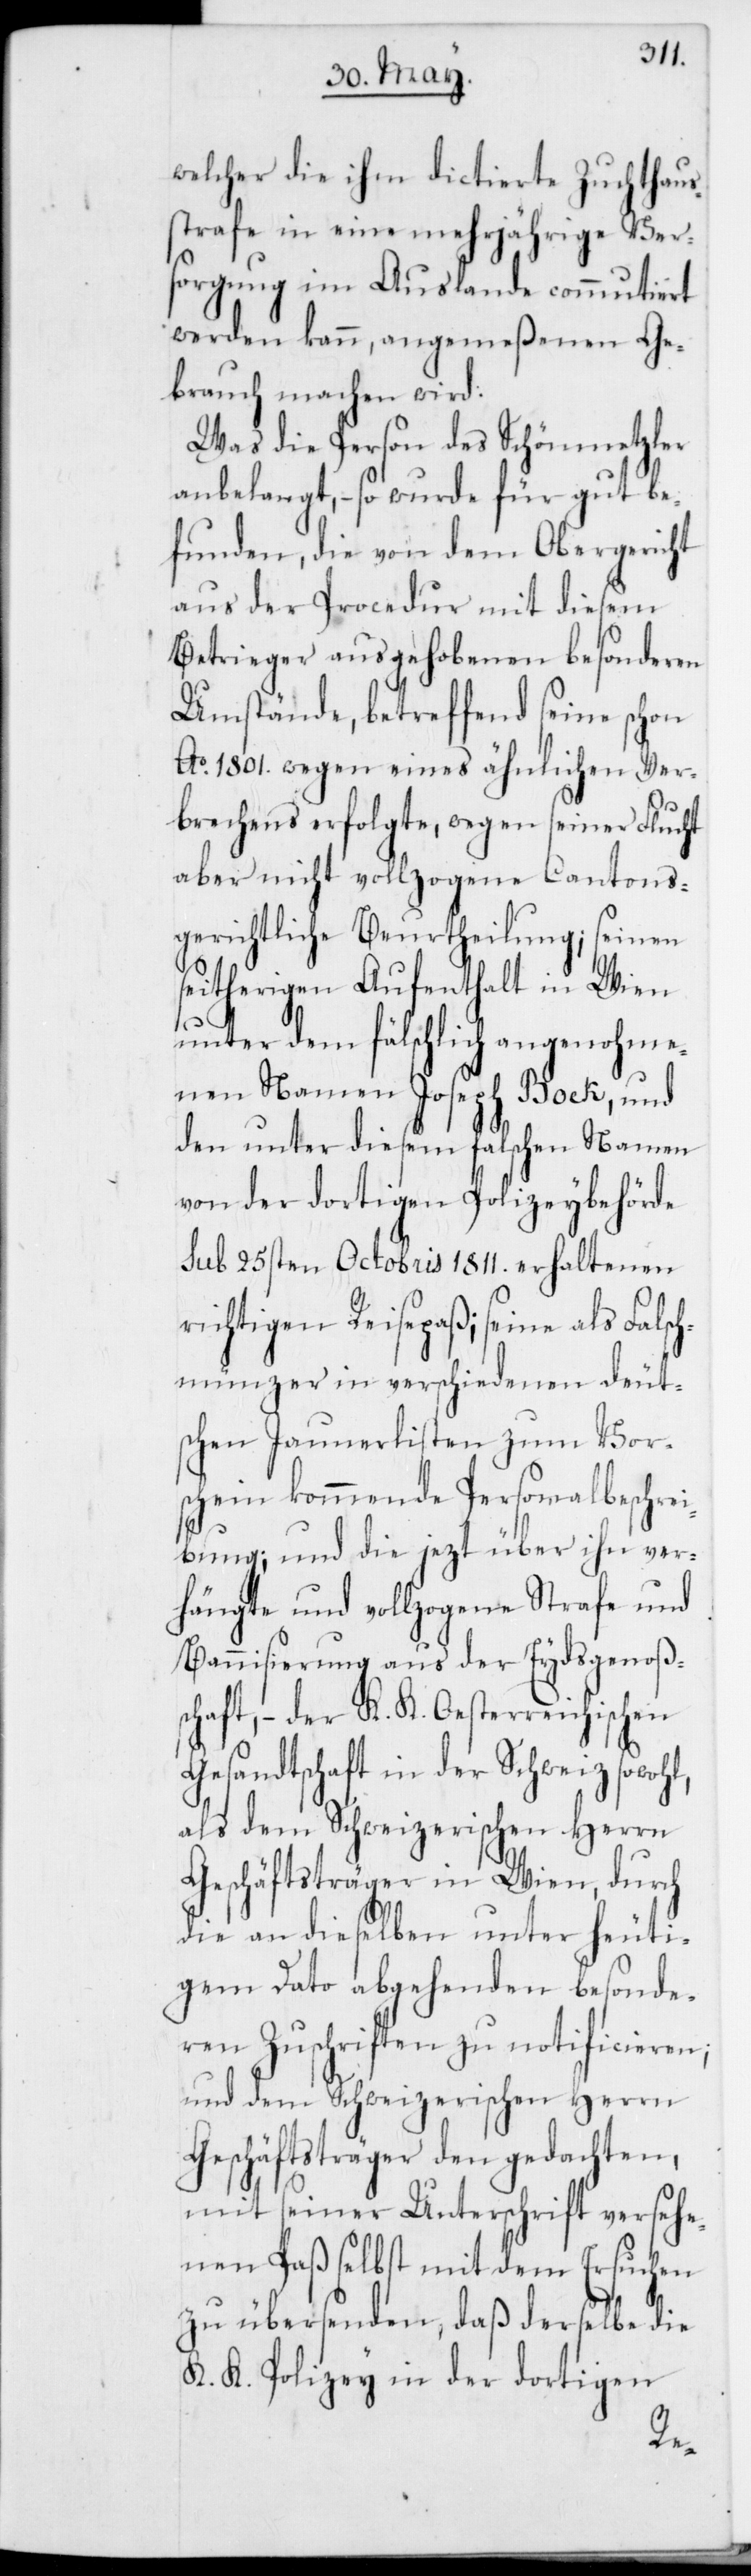
welcher die ihm dictierte Zuchthaus¬
strafe in eine mehrjährige Ver¬
sorgung im Auslande commutiert
werden kann, angemeßenen Ge¬
brauch machen wird.
Was die Person des Schönmetzler
anbelangt, – so wurde für gut be¬
funden, die von dem Obergericht
aus der Procedur mit diesem
Betrieger ausgehobenen besonderen
Umstände, betreffend seine schon
Ao 1801. wegen eines ähnlichen Ver¬
brechens erfolgte, wegen seiner Flucht
aber nicht vollzogene Cantons¬
gerichtliche Beurtheilung; seinen
seitherigen Aufenthalt in Wien
unter dem fälschlich angenohme¬
nen Namen Joseph Boek, und
den unter diesem falschen Namen
von der dortigen Polizeybehörde
sub 25sten Octobris 1811. erhaltenen
richtigen Reisepaß; seine als Falsch¬
münzer in verschiedenen deut¬
schen Jaunerlisten zum Vor¬
schein kommende Personalbeschrei¬
bung; und die jezt über ihn ver¬
hängte und vollzogen Strafe und
Bannisierung aus der Eydsgenoßen¬
schaft, – der K. K. Oesterreichischen
Gesandtschaft in der Schweiz sowoh¬
als dem Schweizerischen Herrn
Geschäftsträger in Wien, durch
die an dieselben unter heuti¬
gem Dato abgehenden besonde¬
ren Zuschriften zu notificieren;
und dem Schweizerischen Herrn
Geschäftsträger den gedachten,
mit seiner Unterschrift versehe¬
nen Paß selbst mit dem Ersuchen
zu übersenden, daß derselbe die
K. K. Polizey in der dortigen
l,